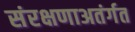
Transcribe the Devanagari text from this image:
संरक्षणाअतंर्गत